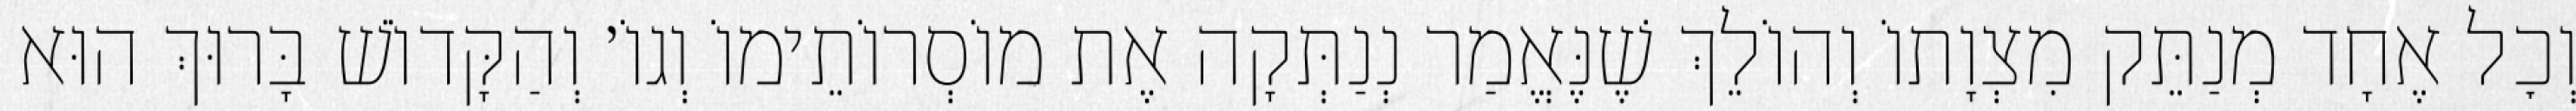
וְכׇל אֶחָד מְנַתֵּק מִצְוָתוֹ וְהוֹלֵךְ שֶׁנֶּאֱמַר נְנַתְּקָה אֶת מוֹסְרוֹתֵימוֹ וְגוֹ׳ וְהַקָּדוֹשׁ בָּרוּךְ הוּא